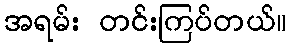
အရမ်း တင်းကြပ်တယ်။